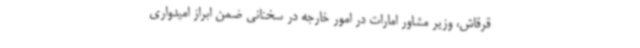
قرقاش، وزیر مشاور امارات در امور خارجه در سخنانی ضمن ابراز امیدواری